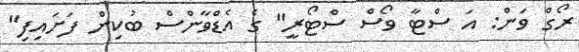
ރޯގް ވަން: އަ ސްޓާ ވޯސް ސްޓޯރީ" ގެ އެޑްވާންސް ބުކިން ފަށައިފި"